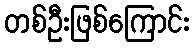
တစ်ဦးဖြစ်ကြောင်း